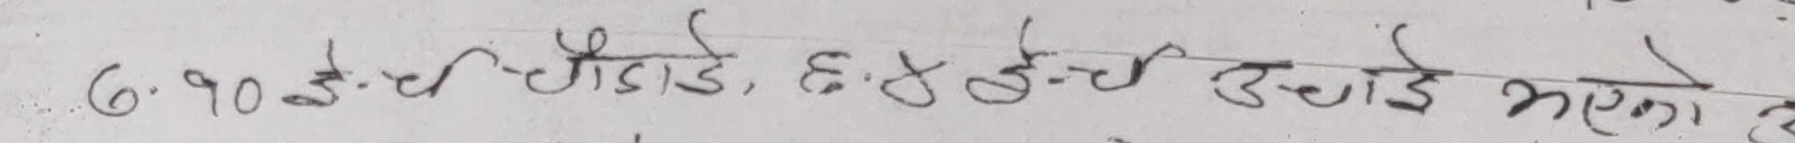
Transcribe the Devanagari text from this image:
6.90 ई.च - चौडाई ६.४ ईन्ची उचाई भएको ले